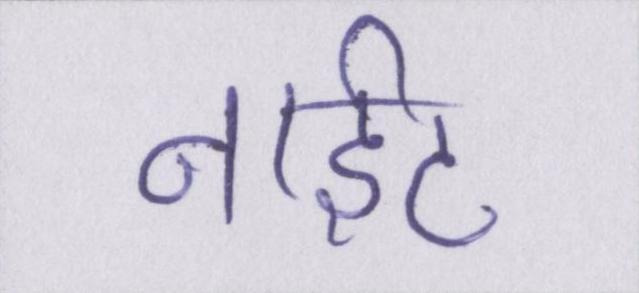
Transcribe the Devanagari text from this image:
नाईट